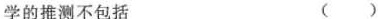
学的推测不包括 ( )